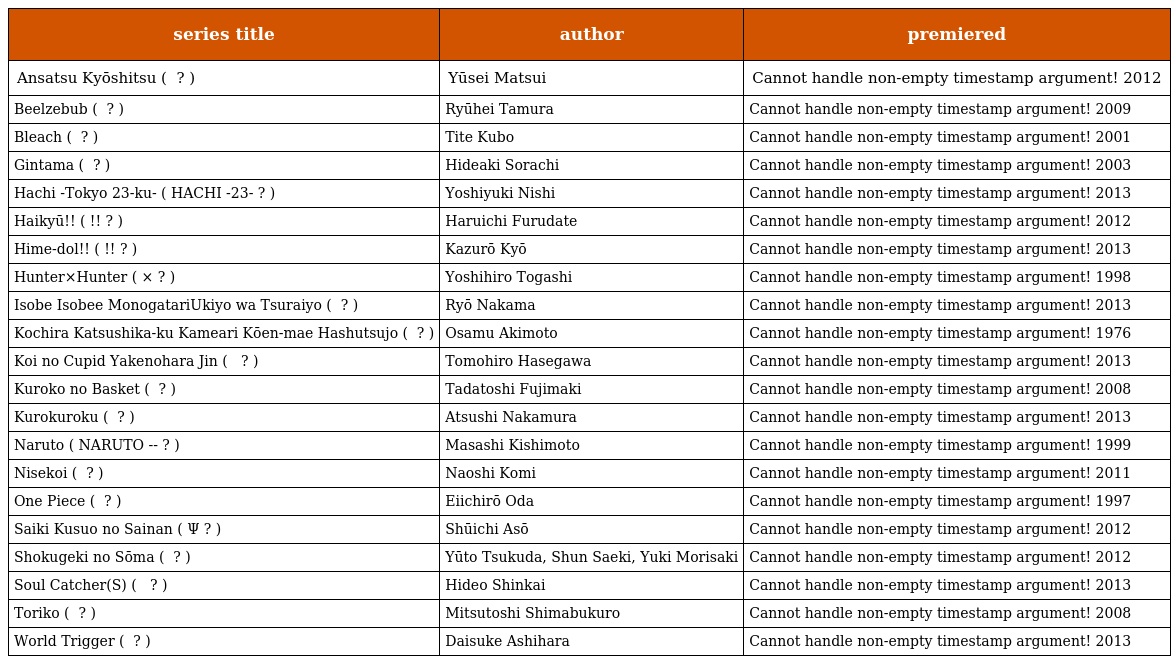
| series title | author | premiered |
 | --- | --- | --- |
 | Ansatsu Kyōshitsu ( 暗殺教室 ? ) | Yūsei Matsui | Cannot handle non-empty timestamp argument! 2012 |
 | Beelzebub ( べるぜバブ ? ) | Ryūhei Tamura | Cannot handle non-empty timestamp argument! 2009 |
 | Bleach ( ブリーチ ? ) | Tite Kubo | Cannot handle non-empty timestamp argument! 2001 |
 | Gintama ( 銀魂 ? ) | Hideaki Sorachi | Cannot handle non-empty timestamp argument! 2003 |
 | Hachi -Tokyo 23-ku- ( HACHI -東京23宮- ? ) | Yoshiyuki Nishi | Cannot handle non-empty timestamp argument! 2013 |
 | Haikyū!! ( ハイキュー!! ? ) | Haruichi Furudate | Cannot handle non-empty timestamp argument! 2012 |
 | Hime-dol!! ( ひめドル!! ? ) | Kazurō Kyō | Cannot handle non-empty timestamp argument! 2013 |
 | Hunter×Hunter ( ハンター×ハンター ? ) | Yoshihiro Togashi | Cannot handle non-empty timestamp argument! 1998 |
 | Isobe Isobee Monogatari〜Ukiyo wa Tsuraiyo〜 ( 磯部磯兵衛物語〜浮世はつらいよ〜 ? ) | Ryō Nakama | Cannot handle non-empty timestamp argument! 2013 |
 | Kochira Katsushika-ku Kameari Kōen-mae Hashutsujo ( こちら葛飾区亀有公園前派出所 ? ) | Osamu Akimoto | Cannot handle non-empty timestamp argument! 1976 |
 | Koi no Cupid Yakenohara Jin ( 恋のキューピッド 焼野原塵 ? ) | Tomohiro Hasegawa | Cannot handle non-empty timestamp argument! 2013 |
 | Kuroko no Basket ( 黒子のバスケ ? ) | Tadatoshi Fujimaki | Cannot handle non-empty timestamp argument! 2008 |
 | Kurokuroku ( クロクロク ? ) | Atsushi Nakamura | Cannot handle non-empty timestamp argument! 2013 |
 | Naruto ( NARUTO -ナルト- ? ) | Masashi Kishimoto | Cannot handle non-empty timestamp argument! 1999 |
 | Nisekoi ( ニセコイ ? ) | Naoshi Komi | Cannot handle non-empty timestamp argument! 2011 |
 | One Piece ( ワンピース ? ) | Eiichirō Oda | Cannot handle non-empty timestamp argument! 1997 |
 | Saiki Kusuo no Sainan ( 斉木楠雄のΨ難 ? ) | Shūichi Asō | Cannot handle non-empty timestamp argument! 2012 |
 | Shokugeki no Sōma ( 食戟のソーマ ? ) | Yūto Tsukuda, Shun Saeki, Yuki Morisaki | Cannot handle non-empty timestamp argument! 2012 |
 | Soul Catcher(S) ( ソウル キャッチャーズ ? ) | Hideo Shinkai | Cannot handle non-empty timestamp argument! 2013 |
 | Toriko ( トリコ ? ) | Mitsutoshi Shimabukuro | Cannot handle non-empty timestamp argument! 2008 |
 | World Trigger ( ワールドトリガー ? ) | Daisuke Ashihara | Cannot handle non-empty timestamp argument! 2013 |